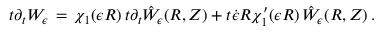
t \partial _ { t } W _ { \epsilon } \, = \, \chi _ { 1 } ( \epsilon R ) \, t \partial _ { t } \hat { W } _ { \epsilon } ( R , Z ) + t \dot { \epsilon } R \chi _ { 1 } ^ { \prime } ( \epsilon R ) \, \hat { W } _ { \epsilon } ( R , Z ) \, .